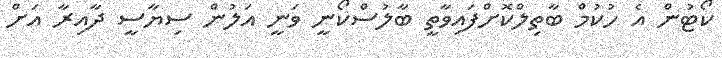
ކޯޓުން އެ ހުކުމް ބާތިލްކޮށްފައިވާތީ ބާލުސްކޯނީ ވަނީ އަލުން ސިޔާސީ ދާއިރާ އަށް